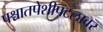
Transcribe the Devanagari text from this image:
पश्चातपेशीपटलावर